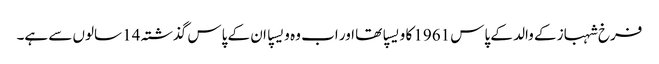
فرخ شہباز کے والد کے پاس 1961 کا ویسپا تھا اور اب وہ ویسپا ان کے پاس گذشتہ 14 سالوں سے ہے۔